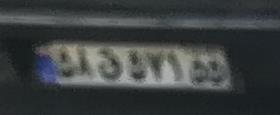
۵۸ق۵۲۱۵۵